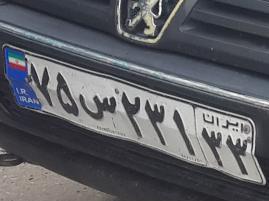
۷۵س۲۳۱۳۳